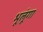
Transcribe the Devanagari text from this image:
भूलूंगा